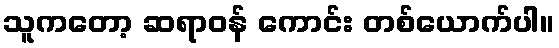
သူကတော့ ဆရာဝန် ကောင်း တစ်ယောက်ပါ။